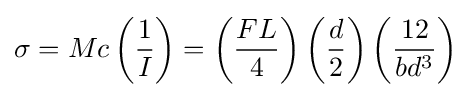
\sigma =Mc\left({\frac {1}{I}}\right)=\left({\frac {FL}{4}}\right)\left({\frac {d}{2}}\right)\left({\frac {12}{bd^{3}}}\right)